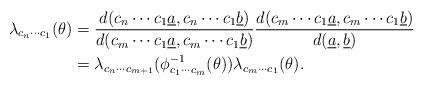
LaTeX: \begin{align*}\lambda_{c_n\cdots c_1}(\theta)&=\frac{d(c_n\cdots c_1\underline a, c_n\cdots c_1\underline b)}{d(c_m\cdots c_1\underline a,c_m\cdots c_1\underline b)}\frac{d(c_m\cdots c_1\underline a,c_m\cdots c_1\underline b)}{d(\underline a,\underline b)}\\&= \lambda_{c_n\cdots c_{m+1}}(\phi_{c_1\cdots c_m}^{-1}(\theta))\lambda_{c_m\cdots c_1}(\theta).\end{align*}